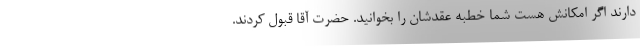
دارند اگر امکانش هست شما خطبه عقدشان را بخوانید. حضرت آقا قبول کردند.